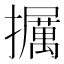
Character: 𪯁